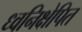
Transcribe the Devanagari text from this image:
ध्वनिक्षेपित